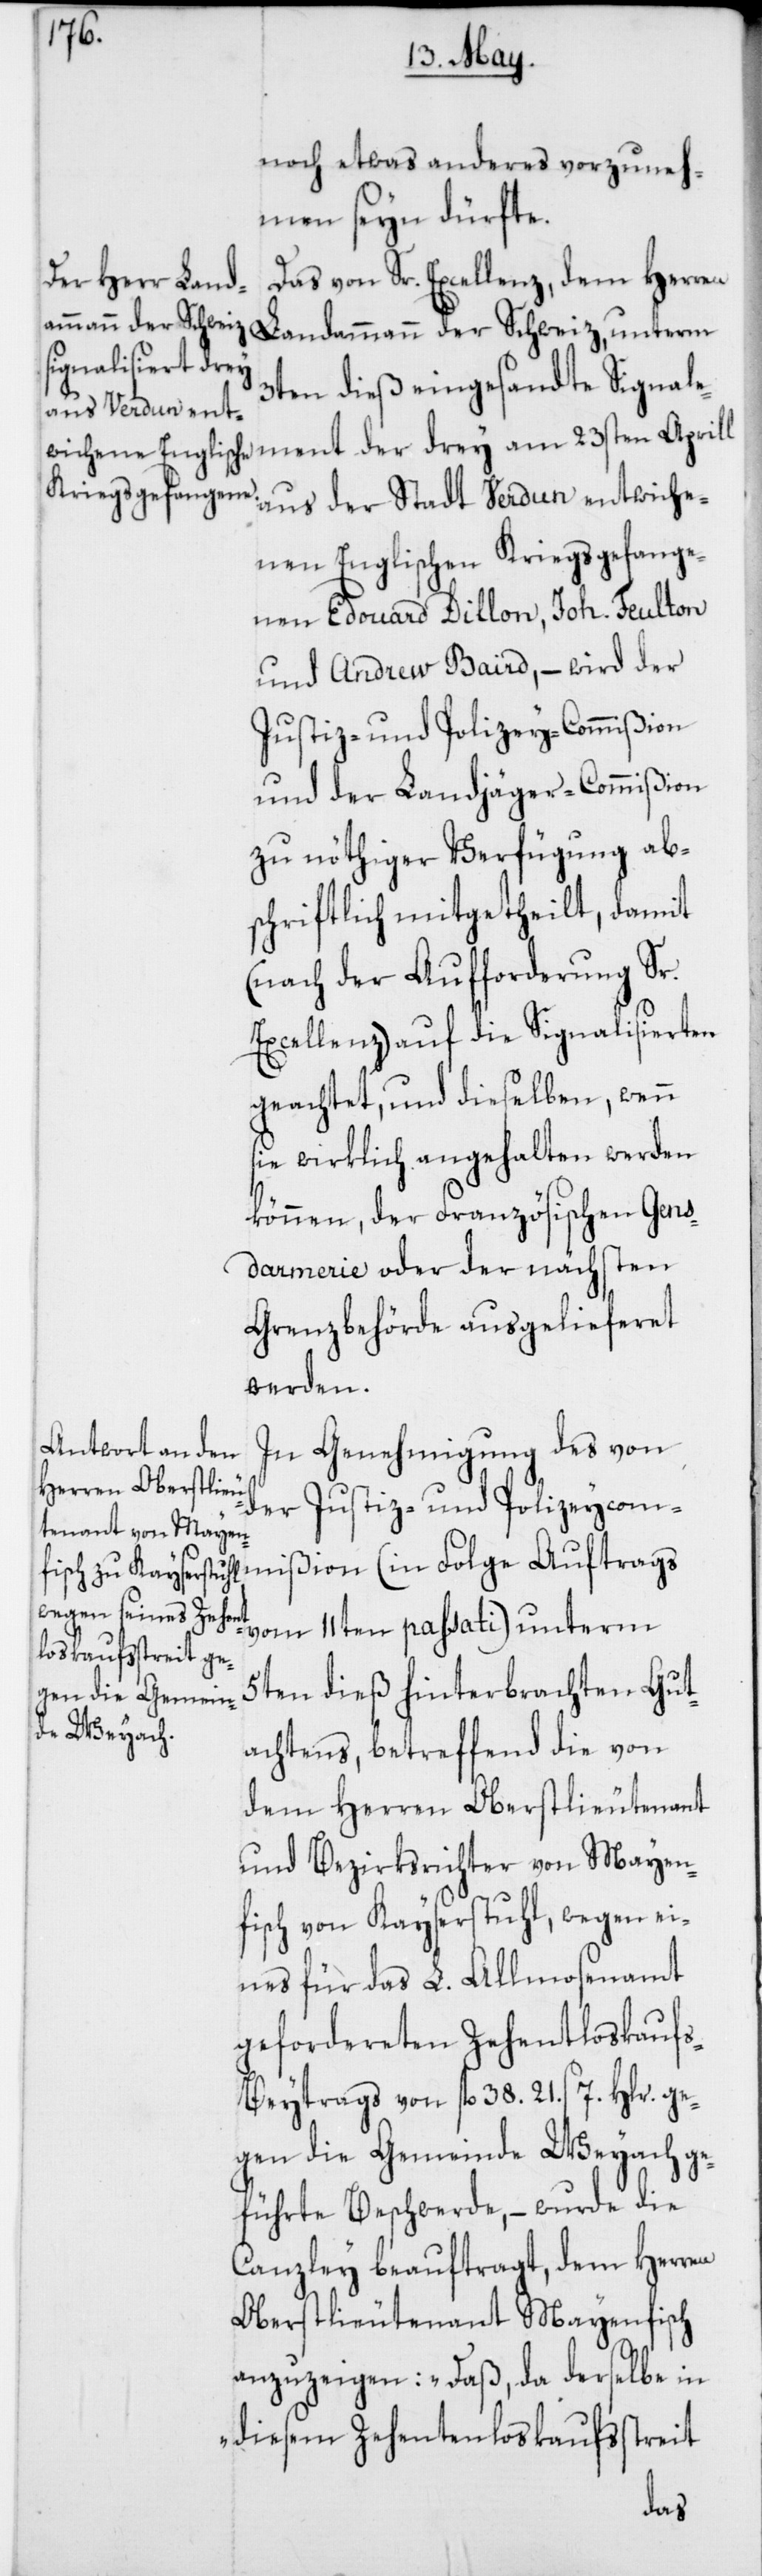
noch etwas anderes vorzuneh¬
men seyn dürfte.
Das von Sr. Excellenz, dem Herren
Landammann der Schweiz. unterm
ment der drey
3ten dieß eingesandte Signale¬
aus der Stadt Verdun entwiche¬
nen Englischen Kriegsgefange¬
nen Edouard Dillon, Joh. Feulton
und Andrew Baird, – wird der
Justiz- und Polizeycommißion
und der Landjäger-Commißion
zu nöthiger Verfügung ab¬
schriftlich mitgetheilt, damit
(nach Aufforderung Sr.
Excellenz) auf die Signalisierten
geachtet, und dieselben, wenn
sie wirklich angehalten werden
können, der Französischen Gens¬
darmerie [sic!] oder der nächsten
Grenzbehörde ausgelieferet
werden.
In Genehmigung des von
vom 11ten passati) unterm
5ten dieß hinterbrachten Gut¬
achtens, betreffend die von
dem Herren Oberstlieutenant
und Bezirksrichter von Mayen¬
fisch von Kayserstuhl, wegen ei¬
nes für das L. Almosenamt
gefordereten Zehentloskaufs-B¬
eytrags von fl. 38. 21. s 7. Hlr. ge¬
gen die Gemeinde Weyach ge¬
führte Beschwerde, – wurde die
Canzley beauftragt, dem Herren
Oberstlieutenant Mayenfisch
anzuzeigen: „Daß, da derselbe in
diesem Zehentloskaufsstreit